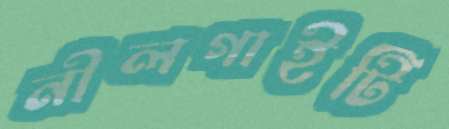
নীলগাইটি